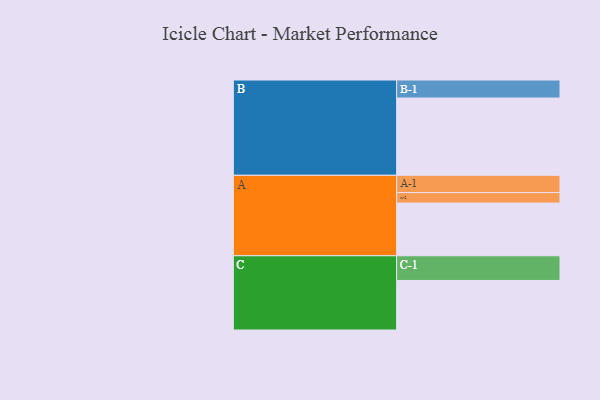
{"axis": {"x": "Segment", "y": "Value"}, "legend": ["", "A", "B", "C"], "data": [{"x": "A", "y": 348, "type": ""}, {"x": "B", "y": 510, "type": ""}, {"x": "C", "y": 327, "type": ""}, {"x": "A-1", "y": 114, "type": "A"}, {"x": "A-2", "y": 69, "type": "A"}, {"x": "B-1", "y": 119, "type": "B"}, {"x": "C-1", "y": 163, "type": "C"}]}